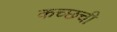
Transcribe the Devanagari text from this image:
कच्छची